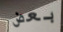
بعض